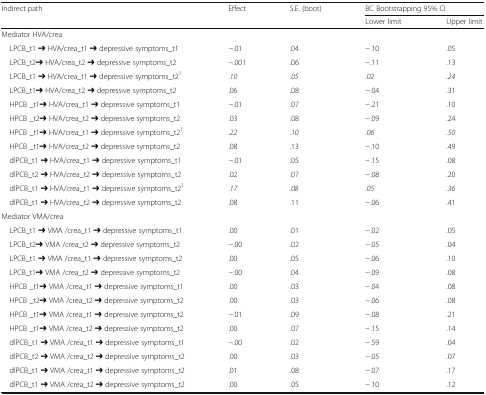
<table><thead><tr><td><b>Indirect path</b></td><td><b>Effect</b></td><td><b>S.E. (boot)</b></td><td colspan="2"><b>BC Bootstrapping 95% CI</b></td></tr><tr><td></td><td></td><td></td><td><b>Lower limit</b></td><td><b>Upper limit</b></td></tr></thead><tbody><tr><td colspan="5">Mediator HVA/crea</td></tr><tr><td> LPCB_t1 ➔ HVA/crea_t1 ➔ depressive symptoms_t1</td><td>−.01</td><td>.04</td><td>−.10</td><td>.05</td></tr><tr><td> LPCB_t2➔ HVA/crea_t2 ➔ depressive symptoms_t2</td><td>−.001</td><td>.06</td><td>−.11</td><td>.13</td></tr><tr><td> LPCB_t1 ➔ HVA/crea_t1 ➔ depressive symptoms_t2<sup>1</sup></td><td><i>.10</i></td><td><i>.05</i></td><td><i>.02</i></td><td><i>.24</i></td></tr><tr><td> LPCB_t1➔ HVA/crea_t2 ➔ depressive symptoms_t2</td><td>.06</td><td>.08</td><td>−.04</td><td>.31</td></tr><tr><td> HPCB _t1➔ HVA/crea_t1 ➔ depressive symptoms_t1</td><td>−.01</td><td>.07</td><td>−.21</td><td>.10</td></tr><tr><td> HPCB _t2➔ HVA/crea_t2 ➔ depressive symptoms_t2</td><td>.03</td><td>.08</td><td>−.09</td><td>.24</td></tr><tr><td> HPCB _t1➔ HVA/crea_t1 ➔ depressive symptoms_t2<sup>1</sup></td><td><i>.22</i></td><td><i>.10</i></td><td><i>.06</i></td><td><i>.50</i></td></tr><tr><td> HPCB _t1➔ HVA/crea_t2 ➔ depressive symptoms_t2</td><td>.08</td><td>.13</td><td>−.10</td><td>.49</td></tr><tr><td> dlPCB_t1 ➔ HVA/crea_t1 ➔ depressive symptoms_t1</td><td>−.01</td><td>.05</td><td>−.15</td><td>.08</td></tr><tr><td> dlPCB_t2 ➔ HVA/crea_t2 ➔ depressive symptoms_t2</td><td>.02</td><td>.07</td><td>−.08</td><td>.20</td></tr><tr><td> dlPCB_t1 ➔ HVA/crea_t1 ➔ depressive symptoms_t2<sup>1</sup></td><td><i>.17</i></td><td><i>.08</i></td><td><i>.05</i></td><td><i>.36</i></td></tr><tr><td> dlPCB_t1 ➔ HVA/crea_t2 ➔ depressive symptoms_t2</td><td>.08</td><td>.11</td><td>−.06</td><td>.41</td></tr><tr><td colspan="5">Mediator VMA/crea</td></tr><tr><td> LPCB_t1 ➔ VMA /crea_t1 ➔ depressive symptoms_t1</td><td>.00</td><td>.01</td><td>−.02</td><td>.05</td></tr><tr><td> LPCB_t2➔ VMA /crea_t2 ➔ depressive symptoms_t2</td><td>−.00</td><td>.02</td><td>−.05</td><td>.04</td></tr><tr><td> LPCB_t1 ➔ VMA /crea_t1 ➔ depressive symptoms_t2</td><td>.00</td><td>.05</td><td>−.06</td><td>.10</td></tr><tr><td> LPCB_t1➔ VMA /crea_t2 ➔ depressive symptoms_t2</td><td>−.00</td><td>.04</td><td>−.09</td><td>.08</td></tr><tr><td> HPCB _t1➔ VMA /crea_t1 ➔ depressive symptoms_t1</td><td>.00</td><td>.03</td><td>−.04</td><td>.08</td></tr><tr><td> HPCB _t2➔ VMA /crea_t2 ➔ depressive symptoms_t2</td><td>.00</td><td>.03</td><td>−.06</td><td>.08</td></tr><tr><td> HPCB _t1➔ VMA /crea_t1 ➔ depressive symptoms_t2</td><td>−.01</td><td>.09</td><td>−.08</td><td>.21</td></tr><tr><td> HPCB _t1➔ VMA /crea_t2 ➔ depressive symptoms_t2</td><td>.00</td><td>.07</td><td>−.15</td><td>.14</td></tr><tr><td> dlPCB_t1 ➔ VMA /crea_t1 ➔ depressive symptoms_t1</td><td>−.00</td><td>.02</td><td>−.59</td><td>.04</td></tr><tr><td> dlPCB_t2 ➔ VMA /crea_t2 ➔ depressive symptoms_t2</td><td>.00</td><td>.03</td><td>−.05</td><td>.07</td></tr><tr><td> dlPCB_t1 ➔ VMA /crea_t1 ➔ depressive symptoms_t2</td><td>.01</td><td>.08</td><td>−.07</td><td>.17</td></tr><tr><td> dlPCB_t1 ➔ VMA /crea_t2 ➔ depressive symptoms_t2</td><td>.00</td><td>.05</td><td>−.10</td><td>.12</td></tr></tbody></table>